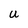
Character: U